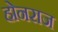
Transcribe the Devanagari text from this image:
होनराज